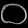
Digit: ၀